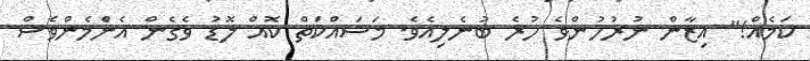
ކަމެއް!" އިޒާން ނުރުހުންވެ ހުރެ ބުނެލިއެވެ. މަސައްކަތް ކޮއް ލޮޑު ވެގެން އެންެމެންވެސް